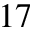
^ { 1 7 }